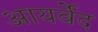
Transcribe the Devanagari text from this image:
आयर्वेद